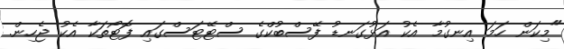
"މިކަން ހަމަ އިނގުމާ އެކު އަޅުގަނޑު ފޭސްބުކްގެ ސްޓޭޓަސްގައި ފޮޓޯތަކާ އެކު ޖެހިން.